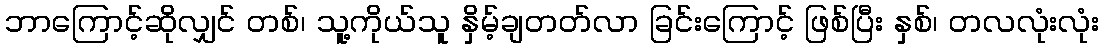
ဘာကြောင့်ဆိုလျှင် တစ်၊ သူ့ကိုယ်သူ နှိမ့်ချတတ်လာ ခြင်းကြောင့် ဖြစ်ပြီး နှစ်၊ တလလုံးလုံး